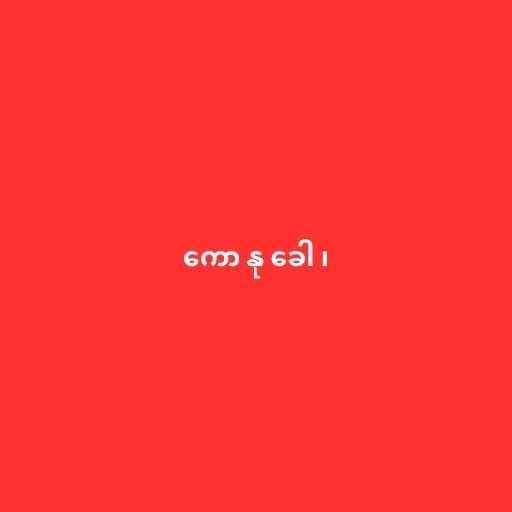
ကော နု ခေါ ၊